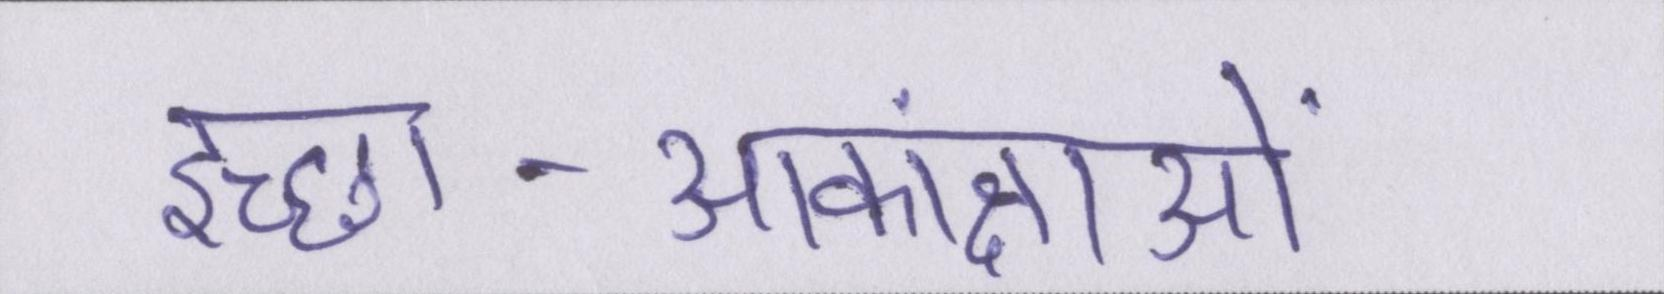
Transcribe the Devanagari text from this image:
इच्छा-आकांक्षाओं